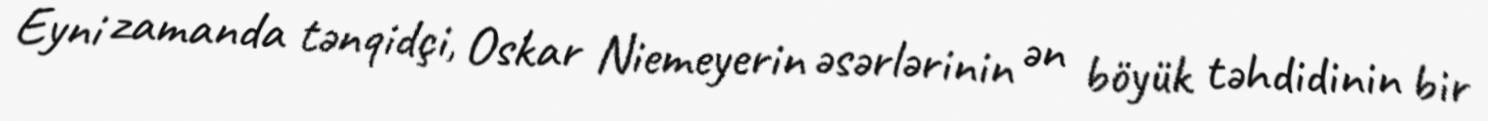
Eyni zamanda tənqidçi, Oskar Niemeyerin əsərlərinin ən böyük təhdidinin bir